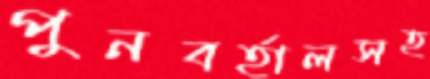
পুনবর্হালসহ